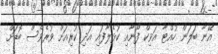
އޭނާ ބަލަން ހުއްޓާ އަވިކް ފޯނާއި ކުޅެލާފައި އަދި ކުރިއަށް ވުރެވެސް ބޮޑަށް